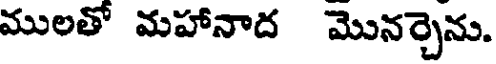
ములతో మహానాద మొనర్చెను.